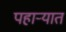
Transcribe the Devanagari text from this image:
पहार्‍यात